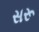
સરૂ